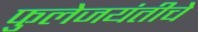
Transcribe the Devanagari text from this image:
फुलेजयंतीचे